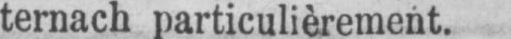
ternach particulièrement.